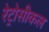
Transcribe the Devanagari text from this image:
रेट्रोसीकल